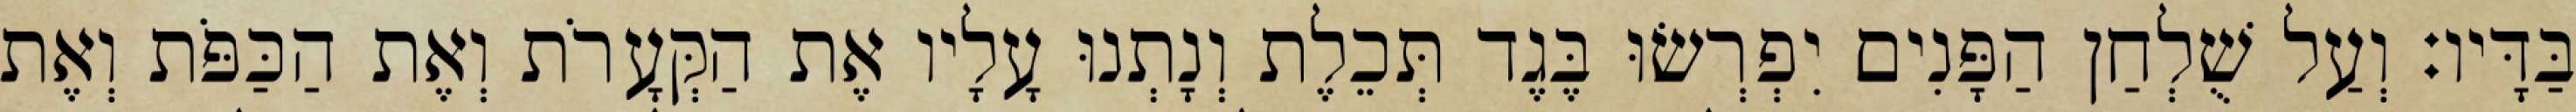
בַּדָּיו׃ וְעַל שֻׁלְחַן הַפָּנִים יִפְרְשׂוּ בֶּגֶד תְּכֵלֶת וְנָתְנוּ עָלָיו אֶת הַקְּעָרֹת וְאֶת הַכַּפֹּת וְאֶת